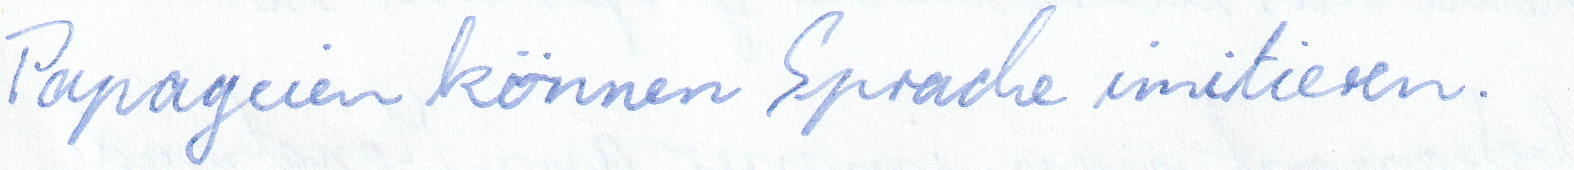
Papageien können Sprache imitieren.